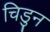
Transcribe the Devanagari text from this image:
चिडुन